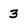
Character: 3